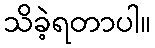
သိခဲ့ရတာပါ။